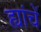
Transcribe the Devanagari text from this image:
ह्यांचें